Document type: Sale
Year: 1435
Scribe: Pere Soler
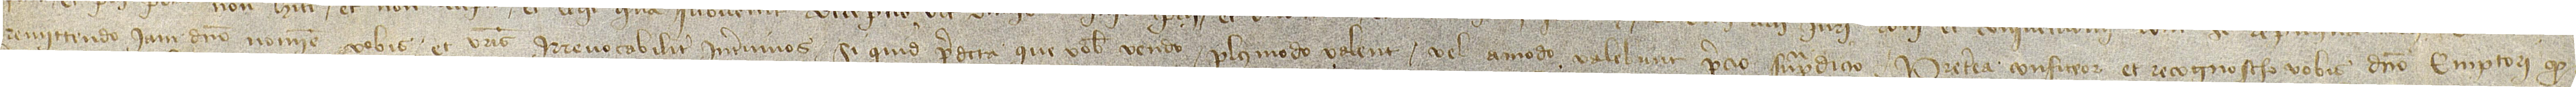
remittendo iamdicto nomine vobis et vestris irrevocabiliter inter vivos si quid predicta que vobis vendo plus modo valent vel amodo valebunt precio supradicto. Preterea confiteor et recognoscho vobis dicto emptori quod